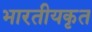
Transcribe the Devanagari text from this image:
भारतीयकृत